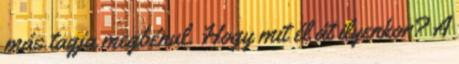
más tagja megbénul. Hogy mit él át ilyenkor? A